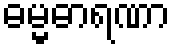
ဓမ္မဓာရဏာ